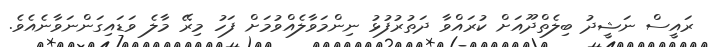
ރައީސް ނަޝީދު ބިލެތްދޫއަށް ކުރައްވާ ދަތުރުފުޅު ނިންމަވާލެއްވުމަށް ފަހު މިރޭ މާލެ ވަޑައިގަންނަވާނެއެވެ.